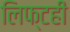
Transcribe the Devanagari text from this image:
लिफ्टही